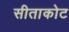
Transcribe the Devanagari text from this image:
सीताकोट